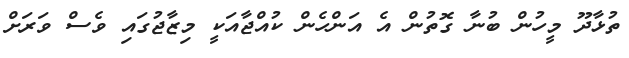
ތުޅާދޫ މީހުން ބުނާ ގޮތުން އެ އަންހެން ކުއްޖާއަކީ މިޒާޖުގައި ވެސް ވަރަށް